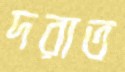
দরাত